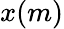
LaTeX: x(m)